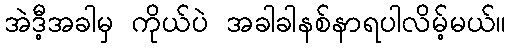
အဲဒီ့အခါမှ ကိုယ်ပဲ အခါခါနစ်နာရပါလိမ့်မယ်။